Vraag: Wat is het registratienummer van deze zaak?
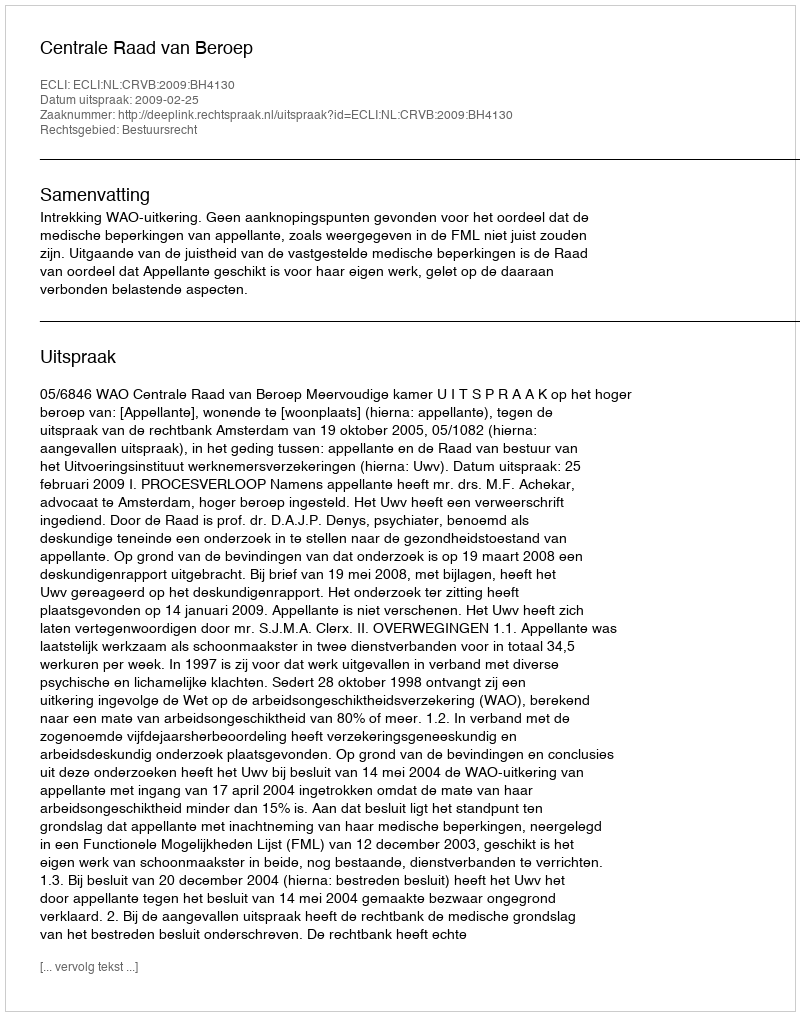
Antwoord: http://deeplink.rechtspraak.nl/uitspraak?id=ECLI:NL:CRVB:2009:BH4130